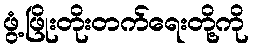
ဖွံ့ဖြိုးတိုးတက်ရေးတို့ကို